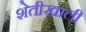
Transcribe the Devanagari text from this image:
शेतीखाली